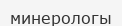
минерологы